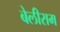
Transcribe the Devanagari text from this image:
बेलीराम